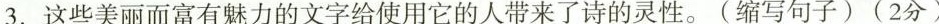
3.这些美丽而富有魅力的文字给使用它的人带来了诗的灵性。(缩写句子)(2分)